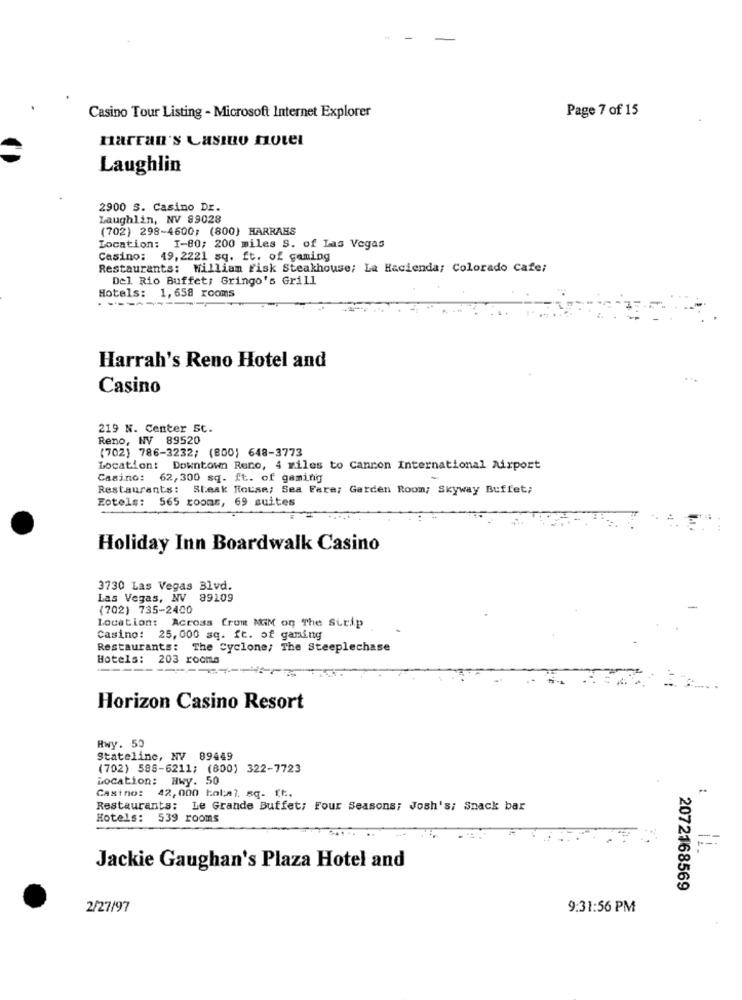
Page 7 of 15
Casino Tour Listing - Microsoft Internet Explorer
narran's Casino motel
Laughlin
2900 S. Casino Dr.
Laughlin, NV 89028
(702) 298-4600; (800) HARRAHS
Location: I-80; 200 miles S. of Las Vegas
Casino: 49,2221 sq. ft. of gaming
Restaurants: William Fisk Steakhouse; La Hacienda; Colorado Cafe;
Del Rio Buffet; Gringo's Grill
Hotels:
1,658 rooms
Harrah's Reno Hotel and
Casino
219 N. Center St.
Reno, NV 89520
(702) 786-3232; (800) 648-3773
Location: Downtown Reno, 4 miles to Cannon International Airport
Casino: 62,300 sq. ft. of gaming
Restaurants: Steak House; Sea Fare; Garden Room; Skyway Buffet;
Eotels: 565 rooms, 69 suites
Holiday Inn Boardwalk Casino
3730 Las Vegas Blvd.
Las Vegas, NV 89109
(702) 735-2400
Location: Across Crum NGM og The Strip
Casino: 25,000 sq. ft. of gaming
Restaurants: The Cyclone; The Steeplechase
Hotels: 203 rooms
---
Horizon Casino Resort
Rwy. 50
Stateline, NV 89449
(702) 588-6211; (800) 322-7723
Location: Hwy. 50
Castno:
42, 000 kol; ?. sq. ft ..
Restaurants: Le Grande Buffet; Four Seasons; Josh's; Snack bar
Hotels: 539 rooms
Jackie Gaughan's Plaza Hotel and
2072168569
2/27/97
9:31:56 PM